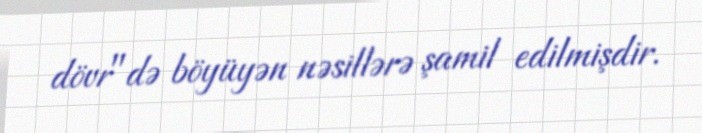
dövr"də böyüyən nəsillərə şamil edilmişdir.